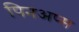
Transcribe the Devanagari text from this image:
पिनअप्स